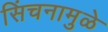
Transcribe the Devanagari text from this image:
सिंचनामुळे